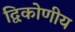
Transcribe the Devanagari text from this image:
द्विकोणीय